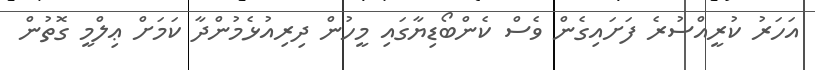
އަހަރު ކުރީއްސުރެ ފަށައިގެން ވެސް ކެންބޯޑިޔާގައި މީހުން ދިރިއުޅެމުންދާ ކަމަށް ޢިލްމީ ގޮތުން